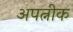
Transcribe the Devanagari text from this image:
अपत्नीक